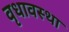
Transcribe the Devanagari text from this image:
वृधावस्था